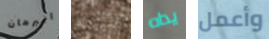
البرهان تقبيله يداه وأعمل